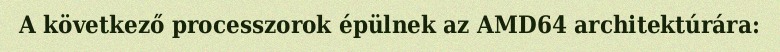
A következő processzorok épülnek az AMD64 architektúrára: